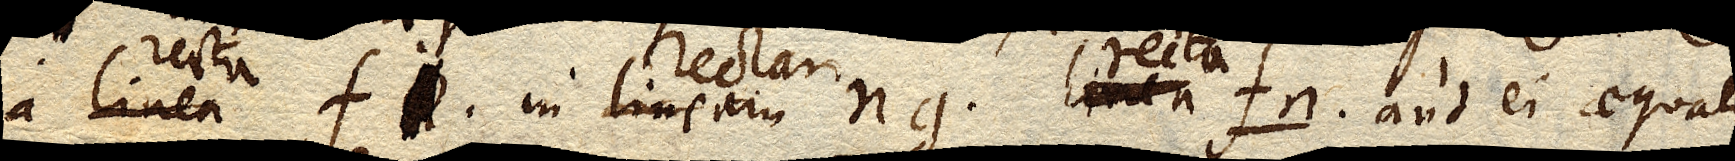
a linea fi. xx in lineam ng. linea fn. aut ei aequali